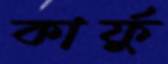
কার্ফু